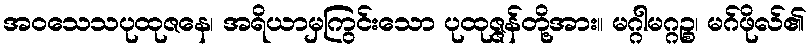
အဝသေသပုထုဇနေ၊ အရိယာမှကြွင်းသော ပုထုဇ္ဇန်တို့အား။ မဂ္ဂါမဂ္ဂဉ္စ၊ မဂ်ဖိုလ်၏